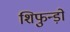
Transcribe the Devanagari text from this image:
शिफुन्ड़ो